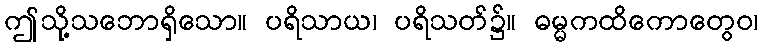
ဤသို့သဘောရှိသော။ ပရိသာယ၊ ပရိသတ်၌။ ဓမ္မကထိကောတွေဝ၊